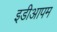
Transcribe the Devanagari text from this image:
इडीआपम